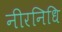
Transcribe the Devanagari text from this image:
नीरनिधि